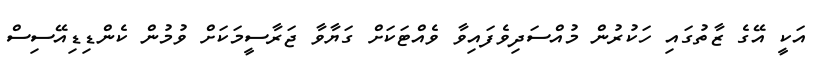
އަކީ އޭގެ ޒާތުގައި ހަކުރުން މުއްސަދިވެފައިވާ ވެއްޓަކަށް ގަޔާވާ ޖަރާސީމަކަށް ވުމުން ކެންޑިޑިއޭސިސް